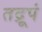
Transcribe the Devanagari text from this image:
तद्रूपं